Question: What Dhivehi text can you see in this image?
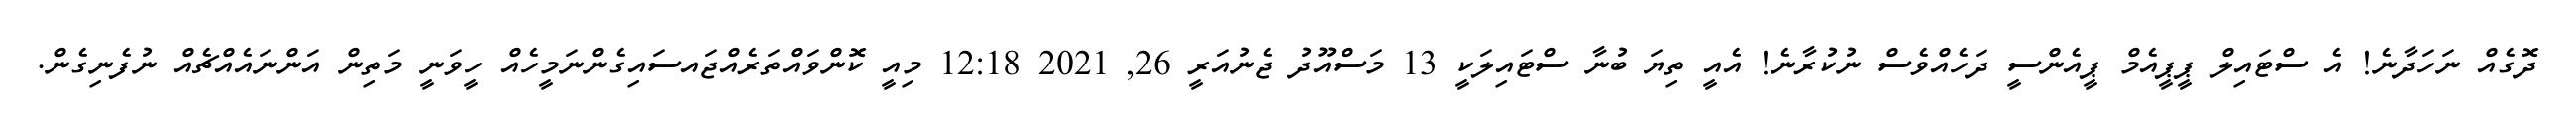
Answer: ދޮގެއް ނަހަދާނެ! އެ ސްޓައިލް ޕީޕީއެމް ޕީއެންސީ ދަހެއްވެސް ނުކުރާނެ! އެއީ ތިޔަ ބުނާ ސްޓައިލަކީ 13 މަސްއޫދު ޖެނުއަރީ 26, 2021 12:18 މިއީ ކޮންވައްތަރެއްޖައސައިގެންނަމީހެއް ހީވަނީ މަތިން އަންނައެއްޗެއް ނުފެނިގެން.